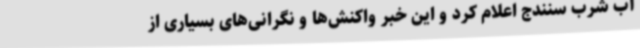
آب شرب سنندج اعلام کرد و این خبر واکنش‌ها و نگرانی‌های بسیاری از